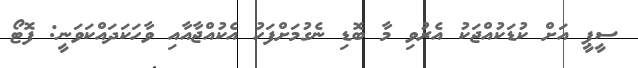
ސީޕީ އަށް ކުޑަކުއްޖަކު އެރުވި މާ ބޮޑި ނެގުމަށްފަހު އެކުއްޖާއާއި ވާހަކަދައްކަވަނީ: ފޮޓޯ